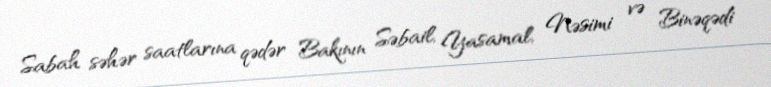
Sabah səhər saatlarına qədər Bakının Səbail, Yasamal, Nəsimi və Binəqədi